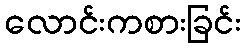
လောင်းကစားခြင်း